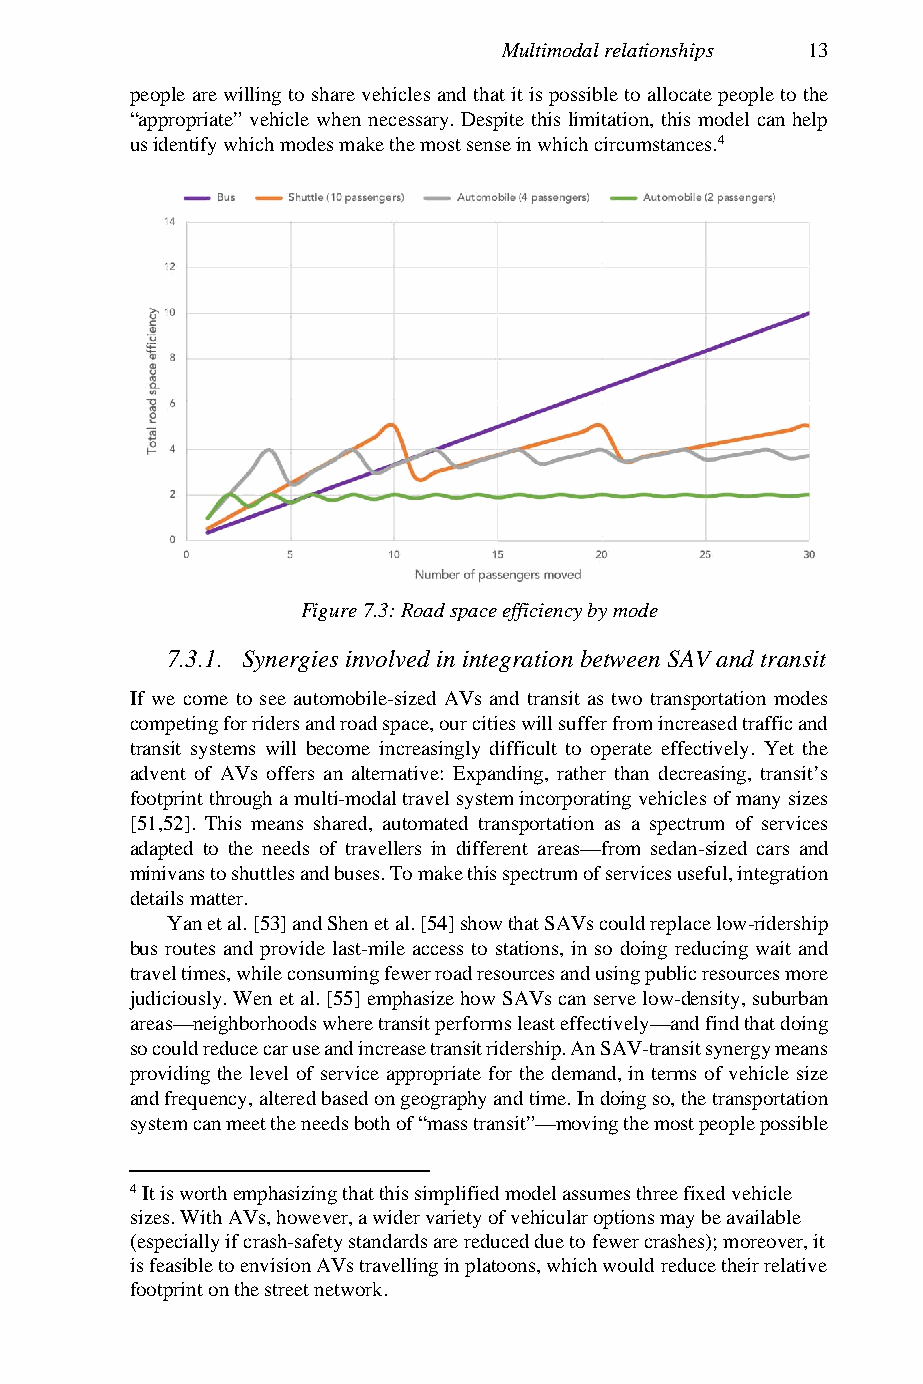
Multimodal relationships 13
 people are willing to share vehicles and that it is possible to allocate people to the
 “appropriate” vehicle when necessary. Despite this limitation, this model can help
 us identify which modes make the most sense in which circumstances.4
 Figure 7.3: Road space efficiency by mode
 7.3.1. Synergies involved in integration between SAV and transit
 If we come to see automobile-sized AVs and transit as two transportation modes
 competing for riders and road space, our cities will suffer from increased traffic and
 transit systems will become increasingly difficult to operate effectively. Yet the
 advent of AVs offers an alternative: Expanding, rather than decreasing, transit’s
 footprint through a multi-modal travel system incorporating vehicles of many sizes
 [51,52]. This means shared, automated transportation as a spectrum of services
 adapted to the needs of travellers in different areas—from sedan-sized cars and
 minivans to shuttles and buses. To make this spectrum of services useful, integration
 details matter.
 Yan et al. [53] and Shen et al. [54] show that SAVs could replace low-ridership
 bus routes and provide last-mile access to stations, in so doing reducing wait and
 travel times, while consuming fewer road resources and using public resources more
 judiciously. Wen et al. [55] emphasize how SAVs can serve low-density, suburban
 areas—neighborhoods where transit performs least effectively—and find that doing
 so could reduce car use and increase transit ridership. An SAV-transit synergy means
 providing the level of service appropriate for the demand, in terms of vehicle size
 and frequency, altered based on geography and time. In doing so, the transportation
 system can meet the needs both of “mass transit”—moving the most people possible
 4 It is worth emphasizing that this simplified model assumes three fixed vehicle
 sizes. With AVs, however, a wider variety of vehicular options may be available
 (especially if crash-safety standards are reduced due to fewer crashes); moreover, it
 is feasible to envision AVs travelling in platoons, which would reduce their relative
 footprint on the street network.